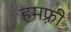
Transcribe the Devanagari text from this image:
हमफ़्री